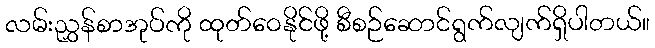
လမ်းညွှန်စာအုပ်ကို ထုတ်ဝေနိုင်ဖို့ စီစဉ်ဆောင်ရွက်လျက်ရှိပါတယ်။